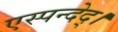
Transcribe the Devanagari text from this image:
एस्पन्देद्।